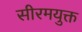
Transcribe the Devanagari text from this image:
सीरमयुक्त